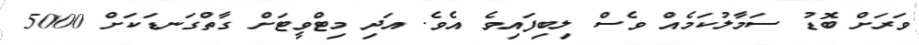
ވަރަށް ބޮޑު ސަމާލުކަމެއް ވެސް ލިބިފައިވެ އެވެ. އަދި މިޓްވީޓަށް ގާތްގަނޑަކަށް 5000